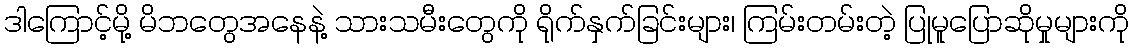
ဒါကြောင့်မို့ မိဘတွေအနေနဲ့ သားသမီးတွေကို ရိုက်နှက်ခြင်းများ၊ ကြမ်းတမ်းတဲ့ ပြုမူပြောဆိုမှုများကို